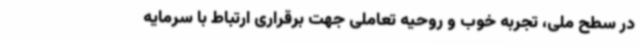
در سطح ملی، تجربه خوب و روحیه تعاملی جهت برقراری ارتباط با سرمایه